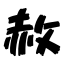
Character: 赦